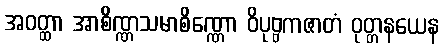
အဝတ္ထာ အာစိဏ္ဏသမာစိဏ္ဏော ဝိပုဗ္ဗကဇာတံ ဝုတ္တနယေန